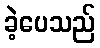
ခဲ့ပေသည်